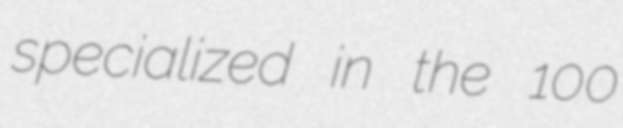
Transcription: specialized in the 100